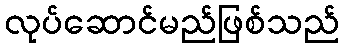
လုပ်ဆောင်မည်ဖြစ်သည်